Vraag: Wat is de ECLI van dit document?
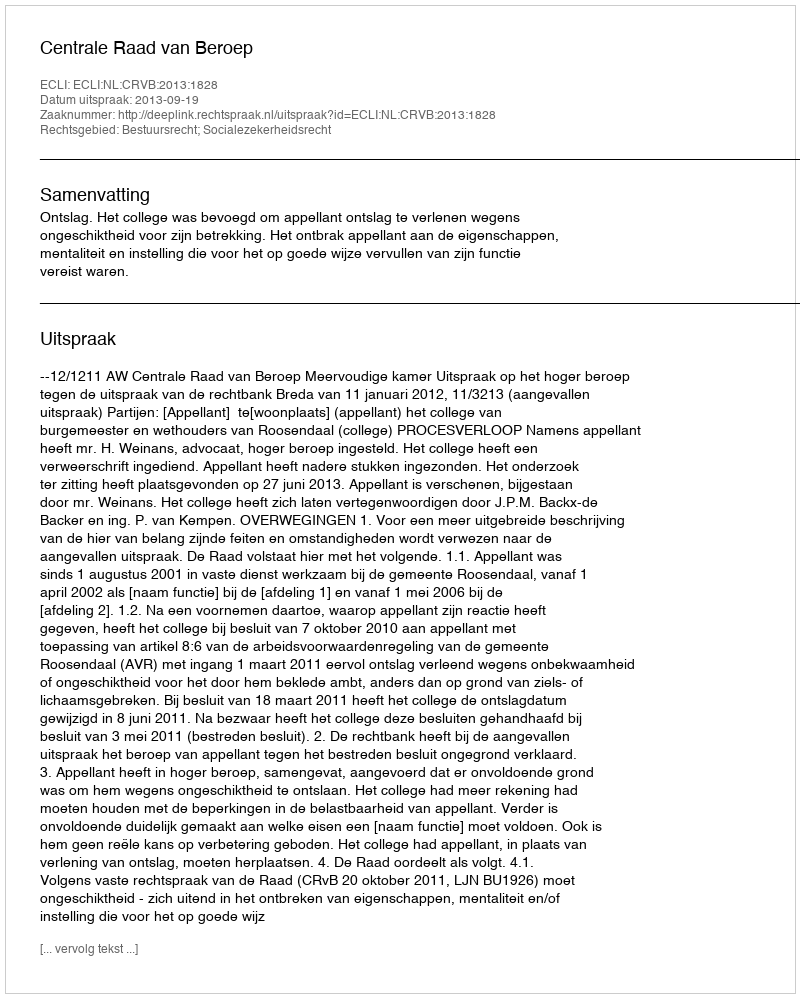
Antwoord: ECLI:NL:CRVB:2013:1828